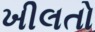
ખીલતો